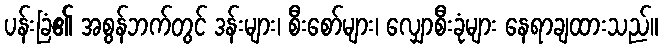
ပန်းခြံ၏ အစွန်ဘက်တွင် ဒန်းများ၊ စီးစော်များ၊ လျှောစီးခုံများ နေရာချထားသည်။